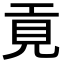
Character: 𢀢